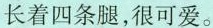
长着四条腿，很可爱。